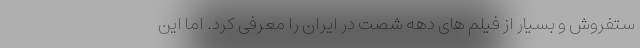
ستفروش و بسیار از فیلم های دهه شصت در ایران را معرفی کرد. اما این